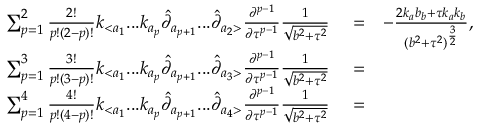
\begin{array} { r l r } { \sum _ { p = 1 } ^ { 2 } \frac { 2 ! } { p ! ( 2 - p ) ! } k _ { < a _ { 1 } } . . . k _ { a _ { p } } \hat { \partial } _ { a _ { p + 1 } } . . . \hat { \partial } _ { a _ { 2 } > } \frac { \partial ^ { p - 1 } } { \partial \tau ^ { p - 1 } } \frac { 1 } { \sqrt { b ^ { 2 } + \tau ^ { 2 } } } } & { { } = } & { - \frac { 2 k _ { a } b _ { b } + \tau k _ { a } k _ { b } } { ( b ^ { 2 } + \tau ^ { 2 } ) ^ { \frac { 3 } { 2 } } } , } \\ { \sum _ { p = 1 } ^ { 3 } \frac { 3 ! } { p ! ( 3 - p ) ! } k _ { < a _ { 1 } } . . . k _ { a _ { p } } \hat { \partial } _ { a _ { p + 1 } } . . . \hat { \partial } _ { a _ { 3 } > } \frac { \partial ^ { p - 1 } } { \partial \tau ^ { p - 1 } } \frac { 1 } { \sqrt { b ^ { 2 } + \tau ^ { 2 } } } } & { { } = } & { } \\ { \sum _ { p = 1 } ^ { 4 } \frac { 4 ! } { p ! ( 4 - p ) ! } k _ { < a _ { 1 } } . . . k _ { a _ { p } } \hat { \partial } _ { a _ { p + 1 } } . . . \hat { \partial } _ { a _ { 4 } > } \frac { \partial ^ { p - 1 } } { \partial \tau ^ { p - 1 } } \frac { 1 } { \sqrt { b ^ { 2 } + \tau ^ { 2 } } } } & { { } = } & { } \end{array}